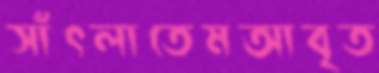
সাঁৎলাতেমআবৃত